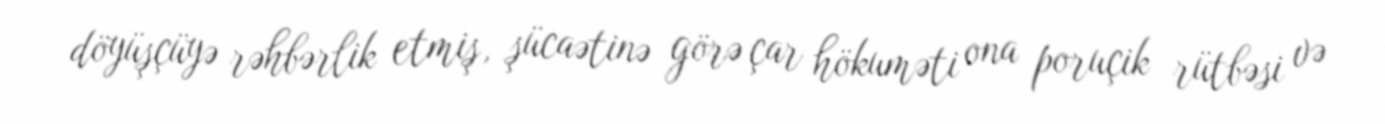
döyüşçüyə rəhbərlik etmiş, şücaətinə görə çar hökuməti ona poruçik rütbəsi və